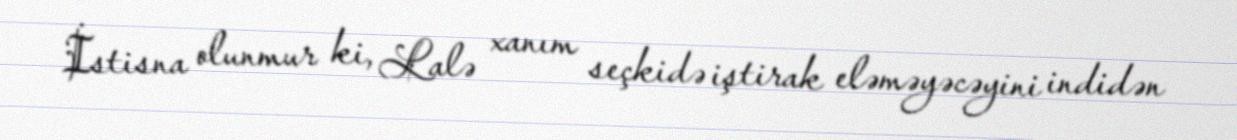
İstisna olunmur ki, Lalə xanım seçkidə iştirak eləməyəcəyini indidən